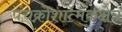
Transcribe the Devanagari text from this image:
पंचक्रोशात्मकक्षेत्र